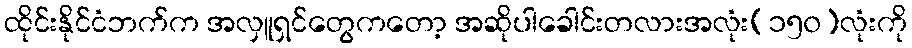
ထိုင်းနိုင်ငံဘက်က အလှူရှင်တွေကတော့ အဆိုပါခေါင်းတလားအလုံး(၁၅၀)လုံးကို